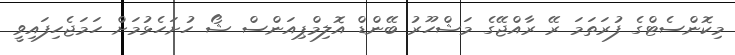
މިކޮންސެޓްގެ ފުރަތަމަ ރޭ ރާއްޖޭގެ މަޝްހޫރު ބޭންޑް އޮލިމްޕިއަންސް ޝޯ ހުށަހެޅުމަށް ހަމަޖެހިފައިވީ